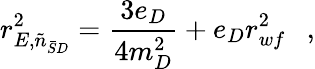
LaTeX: r_{E,\tilde{n}_{\bar{S}D}}^{2}={\frac{3e_{D}}{4m_{D}^{2}}}+e_{D}r_{wf}^{2}~~~,